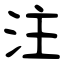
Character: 注